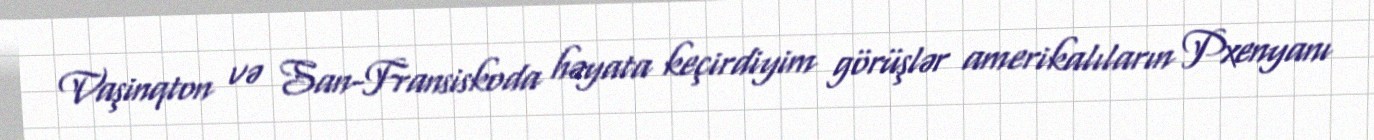
Vaşinqton və San-Fransiskoda həyata keçirdiyim görüşlər amerikalıların Pxenyanı